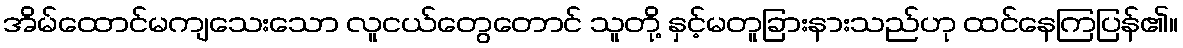
အိမ်ထောင်မကျသေးသော လူငယ်တွေတောင် သူတို့ နှင့်မတူခြားနားသည်ဟု ထင်နေကြပြန်၏။